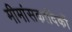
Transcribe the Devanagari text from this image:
मीमांसकादिकों